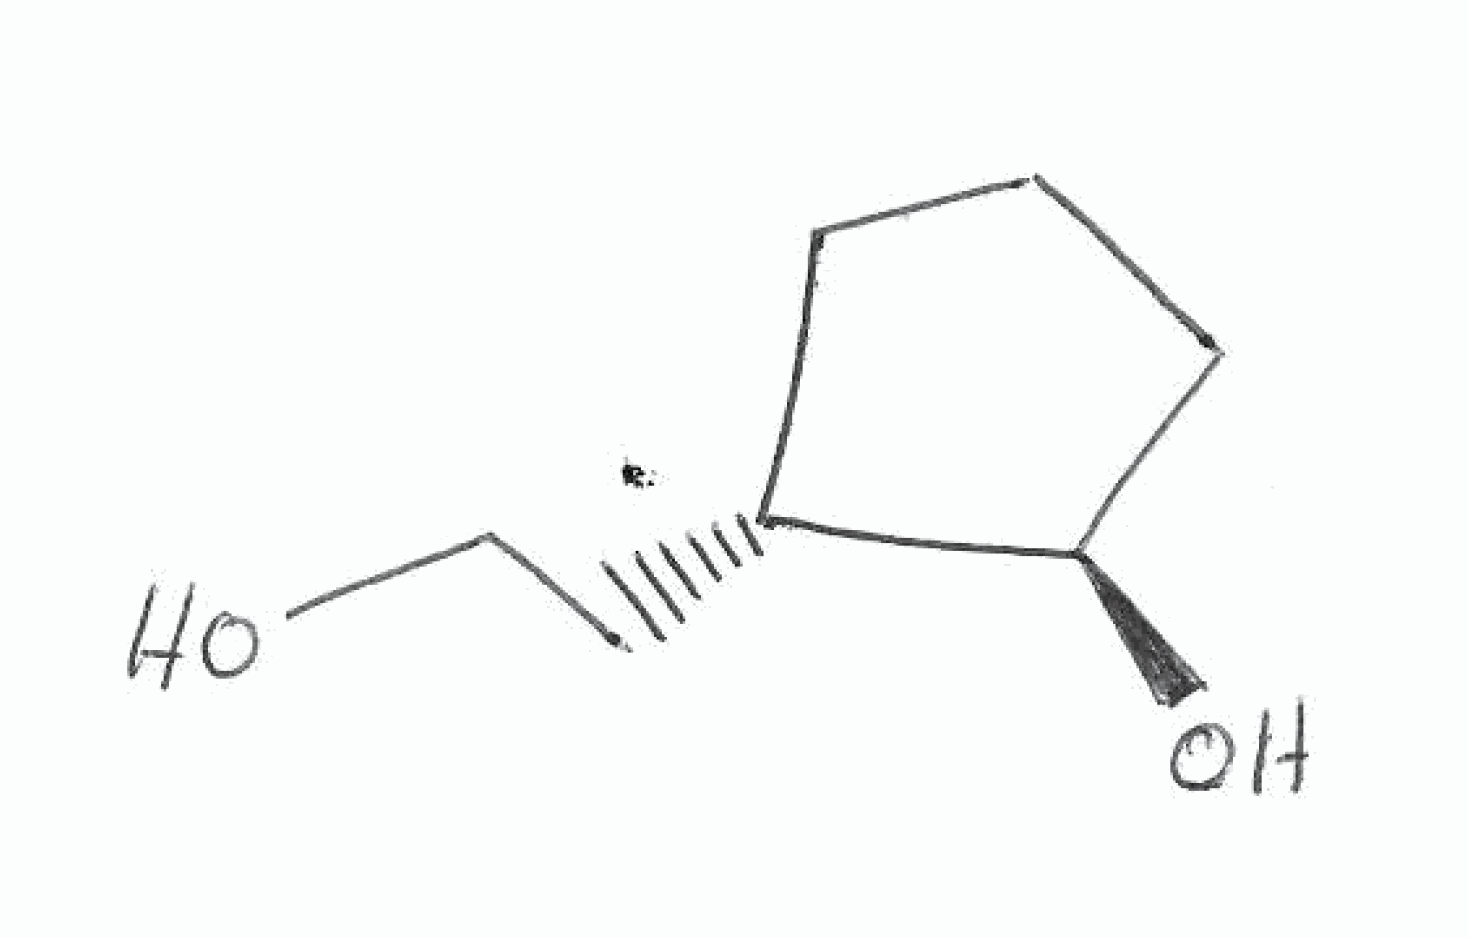
Simplified molecular-input line-entry system (SMILES) notation of the given molecule:
C1C[C@H]([C@@H](C1)O)CCO